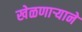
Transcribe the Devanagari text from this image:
खेळणाऱ्याने